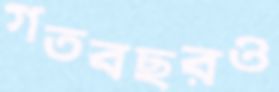
গতবছরও